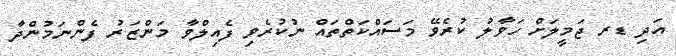
އަދި ޑރ ޖަމީލަށް ހަވާލު ކުރެވޭ މަސައްކަތްތައް ނުކުރެވި ފެއިލްވާ މަންޒަރު ފެންނަމުންދާ